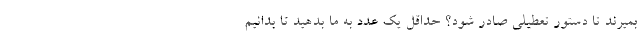
بمیرند تا دستور تعطیلی صادر شود؟ حداقل یک عدد به ما بدهید تا بدانیم